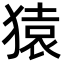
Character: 猿